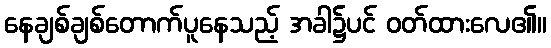
နေချစ်ချစ်တောက်ပူနေသည့် အခါ၌ပင် ဝတ်ထားလေ၏။